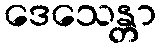
ဒေသေန္တာ